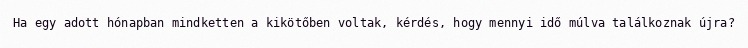
Ha egy adott hónapban mindketten a kikötőben voltak, kérdés, hogy mennyi idő múlva találkoznak újra?